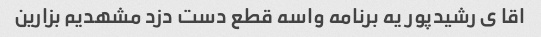
اقا ی رشیدپور یه برنامه واسه قطع دست دزد مشهدیم بزارین